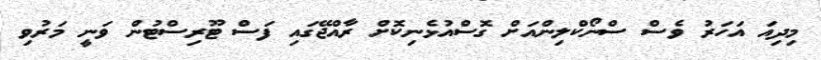
މިދިއަ އަހަރު ވެސް ސްނޯކްލިންއަށް ގޮސްއުޅެނިކޮށް ރާއްޖޭގައި ފަސް ޓޫރިސްޓުން ވަނީ މަރުވި